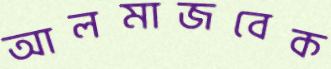
আলমাজবেক